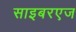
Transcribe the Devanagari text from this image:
साइबरएज